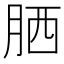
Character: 𦚵